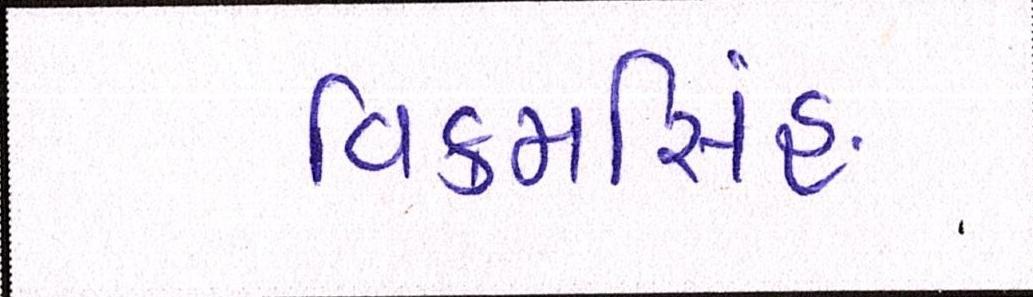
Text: વિક્રમસિંહ